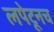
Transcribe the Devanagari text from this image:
लपेटूनच